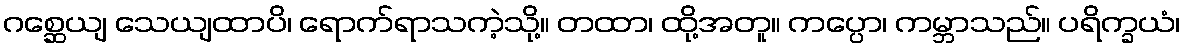
ဂစ္ဆေယျ သေယျထာပိ၊ ရောက်ရာသကဲ့သို့။ တထာ၊ ထို့အတူ။ ကပ္ပော၊ ကမ္ဘာသည်။ ပရိက္ခယံ၊